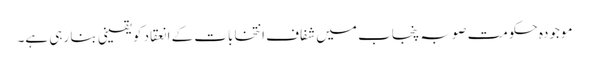
موجودہ حکومت صوبہ پنجاب میں شفاف انتخابات کے انعقاد کو یقینی بنا رہی ہے۔